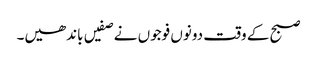
صبح کے وقت دونوں فوجوں نے صفیں باندھیں۔